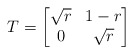
\begin{align*}T=\begin{bmatrix}\sqrt{r} & 1-r\\0 & \sqrt{r} \end{bmatrix} \end{align*}